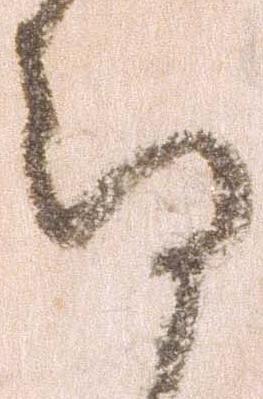
存